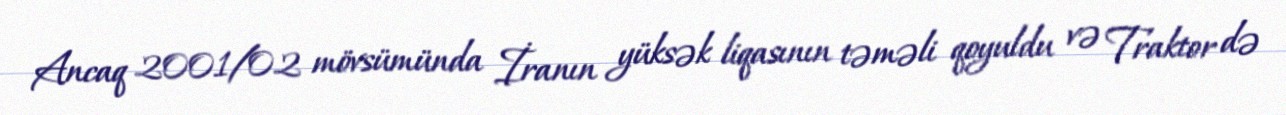
Ancaq 2001/02 mövsümünda İranın yüksək liqasının təməli qoyuldu və Traktor də